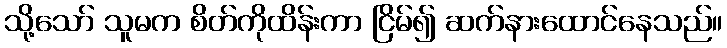
သို့သော် သူမက စိတ်ကိုထိန်းကာ ငြိမ်၍ ဆက်နားထောင်နေသည်။